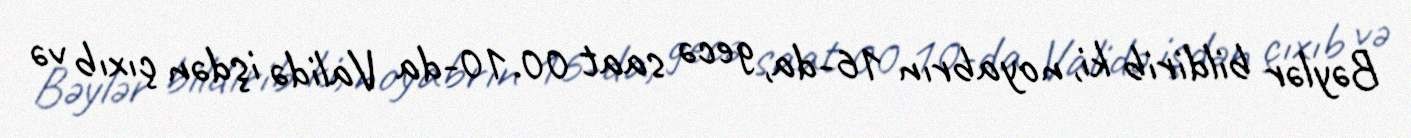
Bəylər bildirib ki, noyabrın 16-da, gecə saat 00.10-da Validə işdən çıxıb və